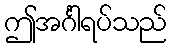
ဤအင်္ဂါရပ်သည်